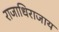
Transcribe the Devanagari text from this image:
राजाधिराजाय